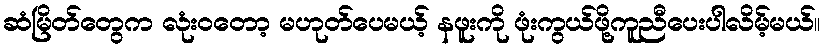
ဆံမြိတ်တွေက လုံးဝတော့ မဟုတ်ပေမယ့် နဖူးကို ဖုံးကွယ်ဖို့ကူညီပေးပါလိမ့်မယ်။